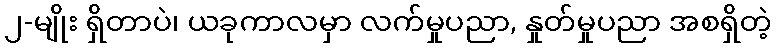
၂-မျိုး ရှိတာပဲ၊ ယခုကာလမှာ လက်မှုပညာ, နှုတ်မှုပညာ အစရှိတဲ့